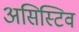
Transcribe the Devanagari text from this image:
असिस्टिव